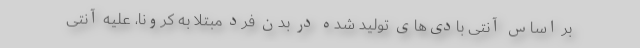
بر اساس آنتی بادی‌های تولید شده در بدن فرد مبتلا به کرونا، علیه آنتی